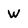
Character: W